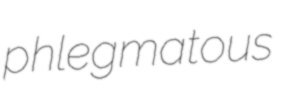
phlegmatous